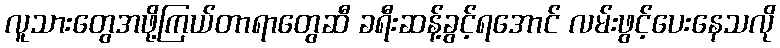
လူသားတွေအဖို့ကြယ်တာရာတွေဆီ ခရီးဆန့်ခွင့်ရအောင် လမ်းဖွင့်ပေးနေသလို